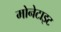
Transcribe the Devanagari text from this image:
मोनेटाइट